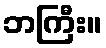
ဘကြီး။